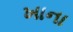
ખાના